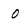
Character: o